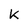
Character: k